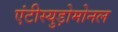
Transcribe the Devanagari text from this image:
एंटीस्युड़ोमोनल